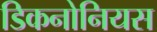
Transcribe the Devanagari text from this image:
डिकनोनियस